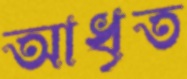
আধৃত